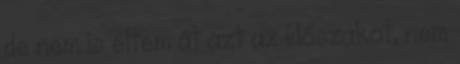
de nem is éltem át azt az időszakot, nem